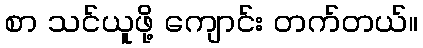
စာ သင်ယူဖို့ ကျောင်း တက်တယ်။